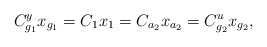
\begin{align*} C^y_{g_1}x_{g_1} = C_1x_1 = C_{a_2}x_{a_2} = C^u_{g_2}x_{g_2}, \end{align*}